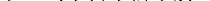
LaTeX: \smash{\psi=(\psi_{1},\psi_{2},\psi_{3})^{\intercal}}